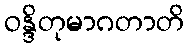
ဝန္ဒိတုမာဂတာတိ